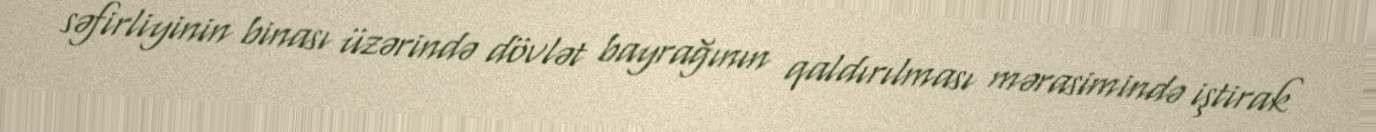
səfirliyinin binası üzərində dövlət bayrağının qaldırılması mərasimində iştirak